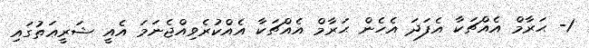
1- ޙަރާމް އެއްޗަކާ އެފަދަ އެހެން ޙަރާމް އެއްޗަކާ އެއްކުރެވިއްޖެނަމަ އެއީ ޝަރީޢަތުގައި